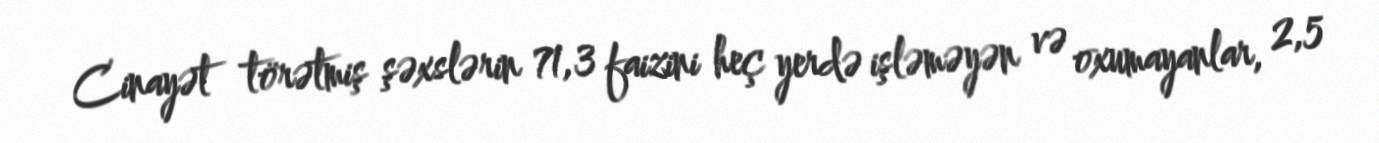
Cinayət törətmiş şəxslərin 71,3 faizini heç yerdə işləməyən və oxumayanlar, 2,5